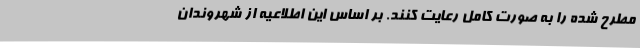
مطرح شده را به صورت کامل رعایت کنند. بر اساس این اطلاعیه از شهروندان